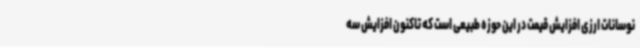
نوسانات ارزی افزایش قیمت در این حوزه طبیعی است که تاکنون افزایش سه